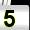
Digit: 5